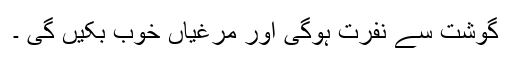
گوشت سے نفرت ہوگی اور مرغیاں خوب بکیں گی ۔